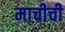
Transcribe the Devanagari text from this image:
माचीची